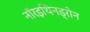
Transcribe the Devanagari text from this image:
नॉरइथिनड्रोन